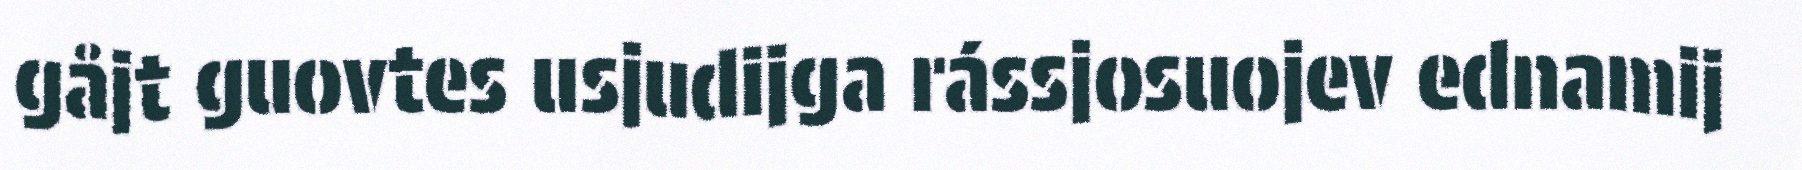
gåjt guovtes usjudijga rássjosuojev ednamij